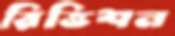
রিভিশন